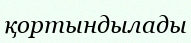
қортындылады